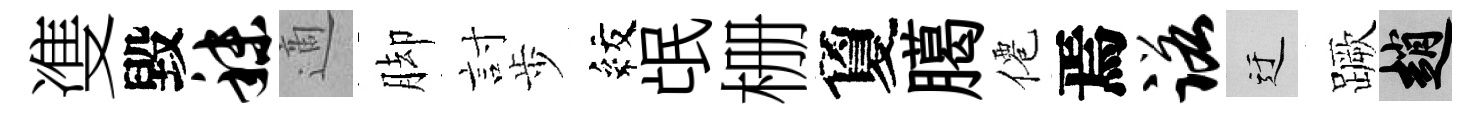
㕠毀秣適脚討歩紋氓栅夐臈僊焉诺迂蹶趙